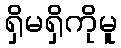
ရှိမရှိကိုမူ